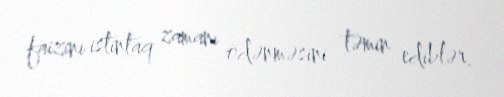
faizini istintaq zamanı ödənməsini təmin ediblər.